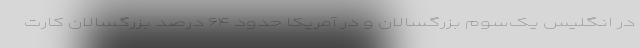
در انگلیس یک‌سوم بزرگسالان و در آمریکا حدود ۶۴ درصد بزرگسالان کارت